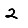
Digit: 2